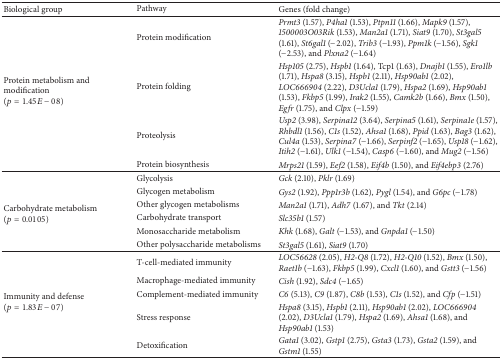
<table><thead><tr><td><b>Biological group</b></td><td><b>Pathway</b></td><td><b>Genes (fold change)</b></td></tr></thead><tbody><tr><td rowspan="4">Protein metabolism and modification (<i>p</i> = 1.45<i>E</i> − 08)</td><td>Protein modification</td><td><i>Prmt3</i> (1.57), <i>P4ha1</i> (1.53), <i>Ptpn11</i> (1.66), <i>Mapk9</i> (1.57), <i>1500003O03Rik</i> (1.53), <i>Man2a1</i> (1.71), <i>Siat9</i> (1.70), <i>St3gal5</i> (1.61), <i>St6gal1</i> (−2.02), <i>Trib3</i> (−1.93), <i>Ppm1k</i> (−1.56), <i>Sgk1</i> (−2.53), and <i>Plxna2</i> (−1.64)</td></tr><tr><td>Protein folding</td><td><i>Hsp105</i> (2.75), <i>Hspb1</i> (1.64), Tcp1 (1.63), <i>Dnajb1</i> (1.55), <i>Ero1lb</i> (1.71), <i>Hspa8</i> (3.15), <i>Hspb1</i> (2.11), <i>Hsp90ab1</i> (2.02), <i>LOC666904</i> (2.22), <i>D3Ucla1</i> (1.79), <i>Hspa2</i> (1.69), <i>Hsp90ab1</i> (1.53), <i>Fkbp5</i> (1.99), <i>Irak2</i> (1.55), <i>Camk2b</i> (1.66), <i>Bmx</i> (1.50), <i>Egfr</i> (1.75), and <i>Clpx</i> (−1.59)</td></tr><tr><td>Proteolysis</td><td><i>Usp2</i> (3.98), <i>Serpina12</i> (3.64), <i>Serpina5</i> (1.61), <i>Serpina1e</i> (1.57), <i>Rhbdl1</i> (1.56), <i>C1s</i> (1.52), <i>Ahsa1</i> (1.68), <i>Ppid</i> (1.63), <i>Bag3</i> (1.62), <i>Cul4a</i> (1.53), <i>Serpina7</i> (−1.66), <i>Serpinf2</i> (−1.65), <i>Usp18</i> (−1.62), <i>Itih2</i> (−1.61), <i>Ulk1</i> (−1.54), <i>Casp6</i> (−1.60), and <i>Mug2</i> (−1.56)</td></tr><tr><td>Protein biosynthesis</td><td><i>Mrps21</i> (1.59), <i>Eef2</i> (1.58), <i>Eif4b</i> (1.50), and <i>Eif4ebp3</i> (2.76)</td></tr><tr><td rowspan="6">Carbohydrate metabolism (<i>p</i> = 0.0105) </td><td>Glycolysis</td><td><i>Gck</i> (2.10), <i>Pklr</i> (1.69)</td></tr><tr><td>Glycogen metabolism</td><td><i>Gys2</i> (1.92), <i>Ppp1r3b</i> (1.62), <i>Pygl</i> (1.54), and <i>G6pc</i> (−1.78)</td></tr><tr><td>Other glycogen metabolisms</td><td><i>Man2a1</i> (1.71), <i>Adh7</i> (1.67), and <i>Tkt</i> (2.14)</td></tr><tr><td>Carbohydrate transport</td><td><i>Slc35b1</i> (1.57)</td></tr><tr><td>Monosaccharide metabolism</td><td><i>Khk</i> (1.68), <i>Galt</i> (−1.53), and <i>Gnpda1</i> (−1.50)</td></tr><tr><td>Other polysaccharide metabolisms</td><td><i>St3gal5</i> (1.61), <i>Siat9</i> (1.70)</td></tr><tr><td rowspan="5">Immunity and defense (<i>p</i> = 1.83<i>E</i> − 07) </td><td>T-cell-mediated immunity</td><td><i>LOC56628</i> (2.05), <i>H2-Q8</i> (1.72), <i>H2-Q10</i> (1.52), <i>Bmx</i> (1.50), <i>Raet1b</i> (−1.63), <i>Fkbp5</i> (1.99), <i>Cxcl1</i> (1.60), and <i>Gstt3</i> (−1.56)</td></tr><tr><td>Macrophage-mediated immunity</td><td><i>Cish</i> (1.92), <i>Sdc4</i> (−1.65)</td></tr><tr><td>Complement-mediated immunity</td><td><i>C6</i> (5.13), <i>C9</i> (1.87), <i>C8b</i> (1.53), <i>C1s</i> (1.52), and <i>Cfp</i> (−1.51)</td></tr><tr><td>Stress response</td><td><i>Hspa8</i> (3.15), <i>Hspb1</i> (2.11), <i>Hsp90ab1</i> (2.02), <i>LOC666904</i> (2.02), <i>D3Ucla1</i> (1.79), <i>Hspa2</i> (1.69), <i>Ahsa1</i> (1.68), and <i>Hsp90ab1</i> (1.53)</td></tr><tr><td>Detoxification</td><td><i>Gata1</i> (3.02), <i>Gstp1</i> (2.75), <i>Gsta3</i> (1.73), <i>Gsta2</i> (1.59), and <i>Gstm1</i> (1.55)</td></tr></tbody></table>